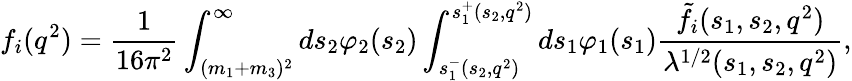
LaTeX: f_{i}(q^{2})=\frac 1{16\pi^{2}}\int_{(m_{1}+m_{3})^{2}}^{\infty}ds_{2}\varphi_{2}(s_{2})\int_{s_{1}^{-}(s_{2},q^{2})}^{s_{1}^{+}(s_{2},q^{2})}ds_{1}\varphi_{1}(s_{1})\frac{\tilde{f}_{i}(s_{1},s_{2},q^{2})}{\lambda^{1/2}(s_{1},s_{2},q^{2})},